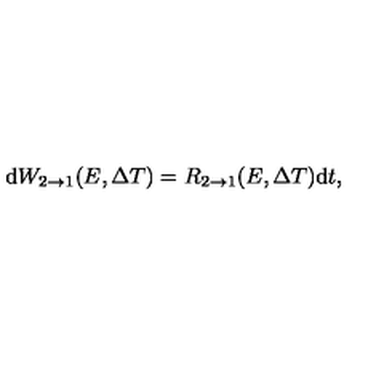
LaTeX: \mathrm { d } W _ { 2 \rightarrow 1 } ( E , \Delta T ) = R _ { 2 \rightarrow 1 } ( E , \Delta T ) \mathrm { d } t ,